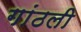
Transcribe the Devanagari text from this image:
गांठली